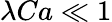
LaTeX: \lambda Ca\ll 1